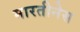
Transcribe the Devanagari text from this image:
मारतीनेस